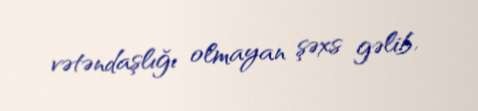
vətəndaşlığı olmayan şəxs gəlib.